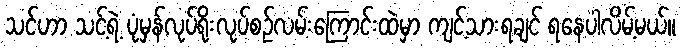
သင်ဟာ သင့်ရဲ့ ပုံမှန်လုပ်ရိုးလုပ်စဉ်လမ်းကြောင်းထဲမှာ ကျင့်သားရချင် ရနေပါလိမ့်မယ်။